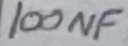
Text: 100nF